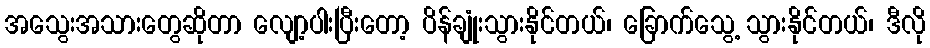
အသွေးအသားတွေဆိုတာ လျော့ပါးပြီးတော့ ပိန်ချုံးသွားနိုင်တယ်၊ ခြောက်သွေ့ သွားနိုင်တယ်၊ ဒီလို